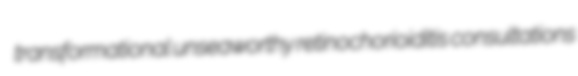
transformational unseaworthy retinochorioiditis consultations